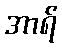
အာရ်